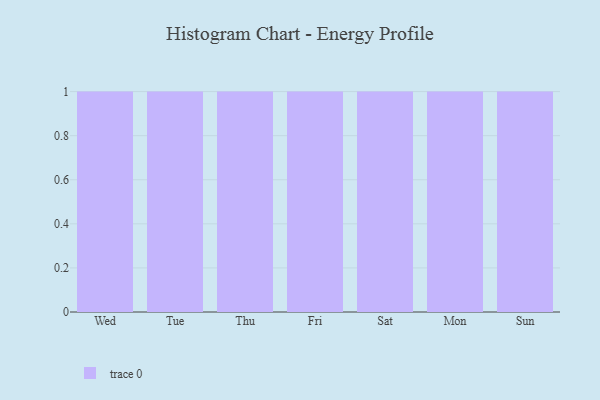
{"axis": {"x": "Day", "y": "Humidity (%)"}, "legend": [""], "data": [{"x": "Wed", "y": 42, "type": ""}, {"x": "Tue", "y": 4, "type": ""}, {"x": "Thu", "y": 12, "type": ""}, {"x": "Fri", "y": 27, "type": ""}, {"x": "Sat", "y": 39, "type": ""}, {"x": "Mon", "y": 3, "type": ""}, {"x": "Sun", "y": 62, "type": ""}]}